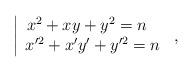
LaTeX: \begin{align*}\left|\begin{array}{cc}x^2+xy+y^2=n\;\;\,\\x'^2+x'y'+y'^2=n \end{array}\right.\,,\end{align*}